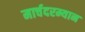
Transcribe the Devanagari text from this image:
मार्चदरम्यान